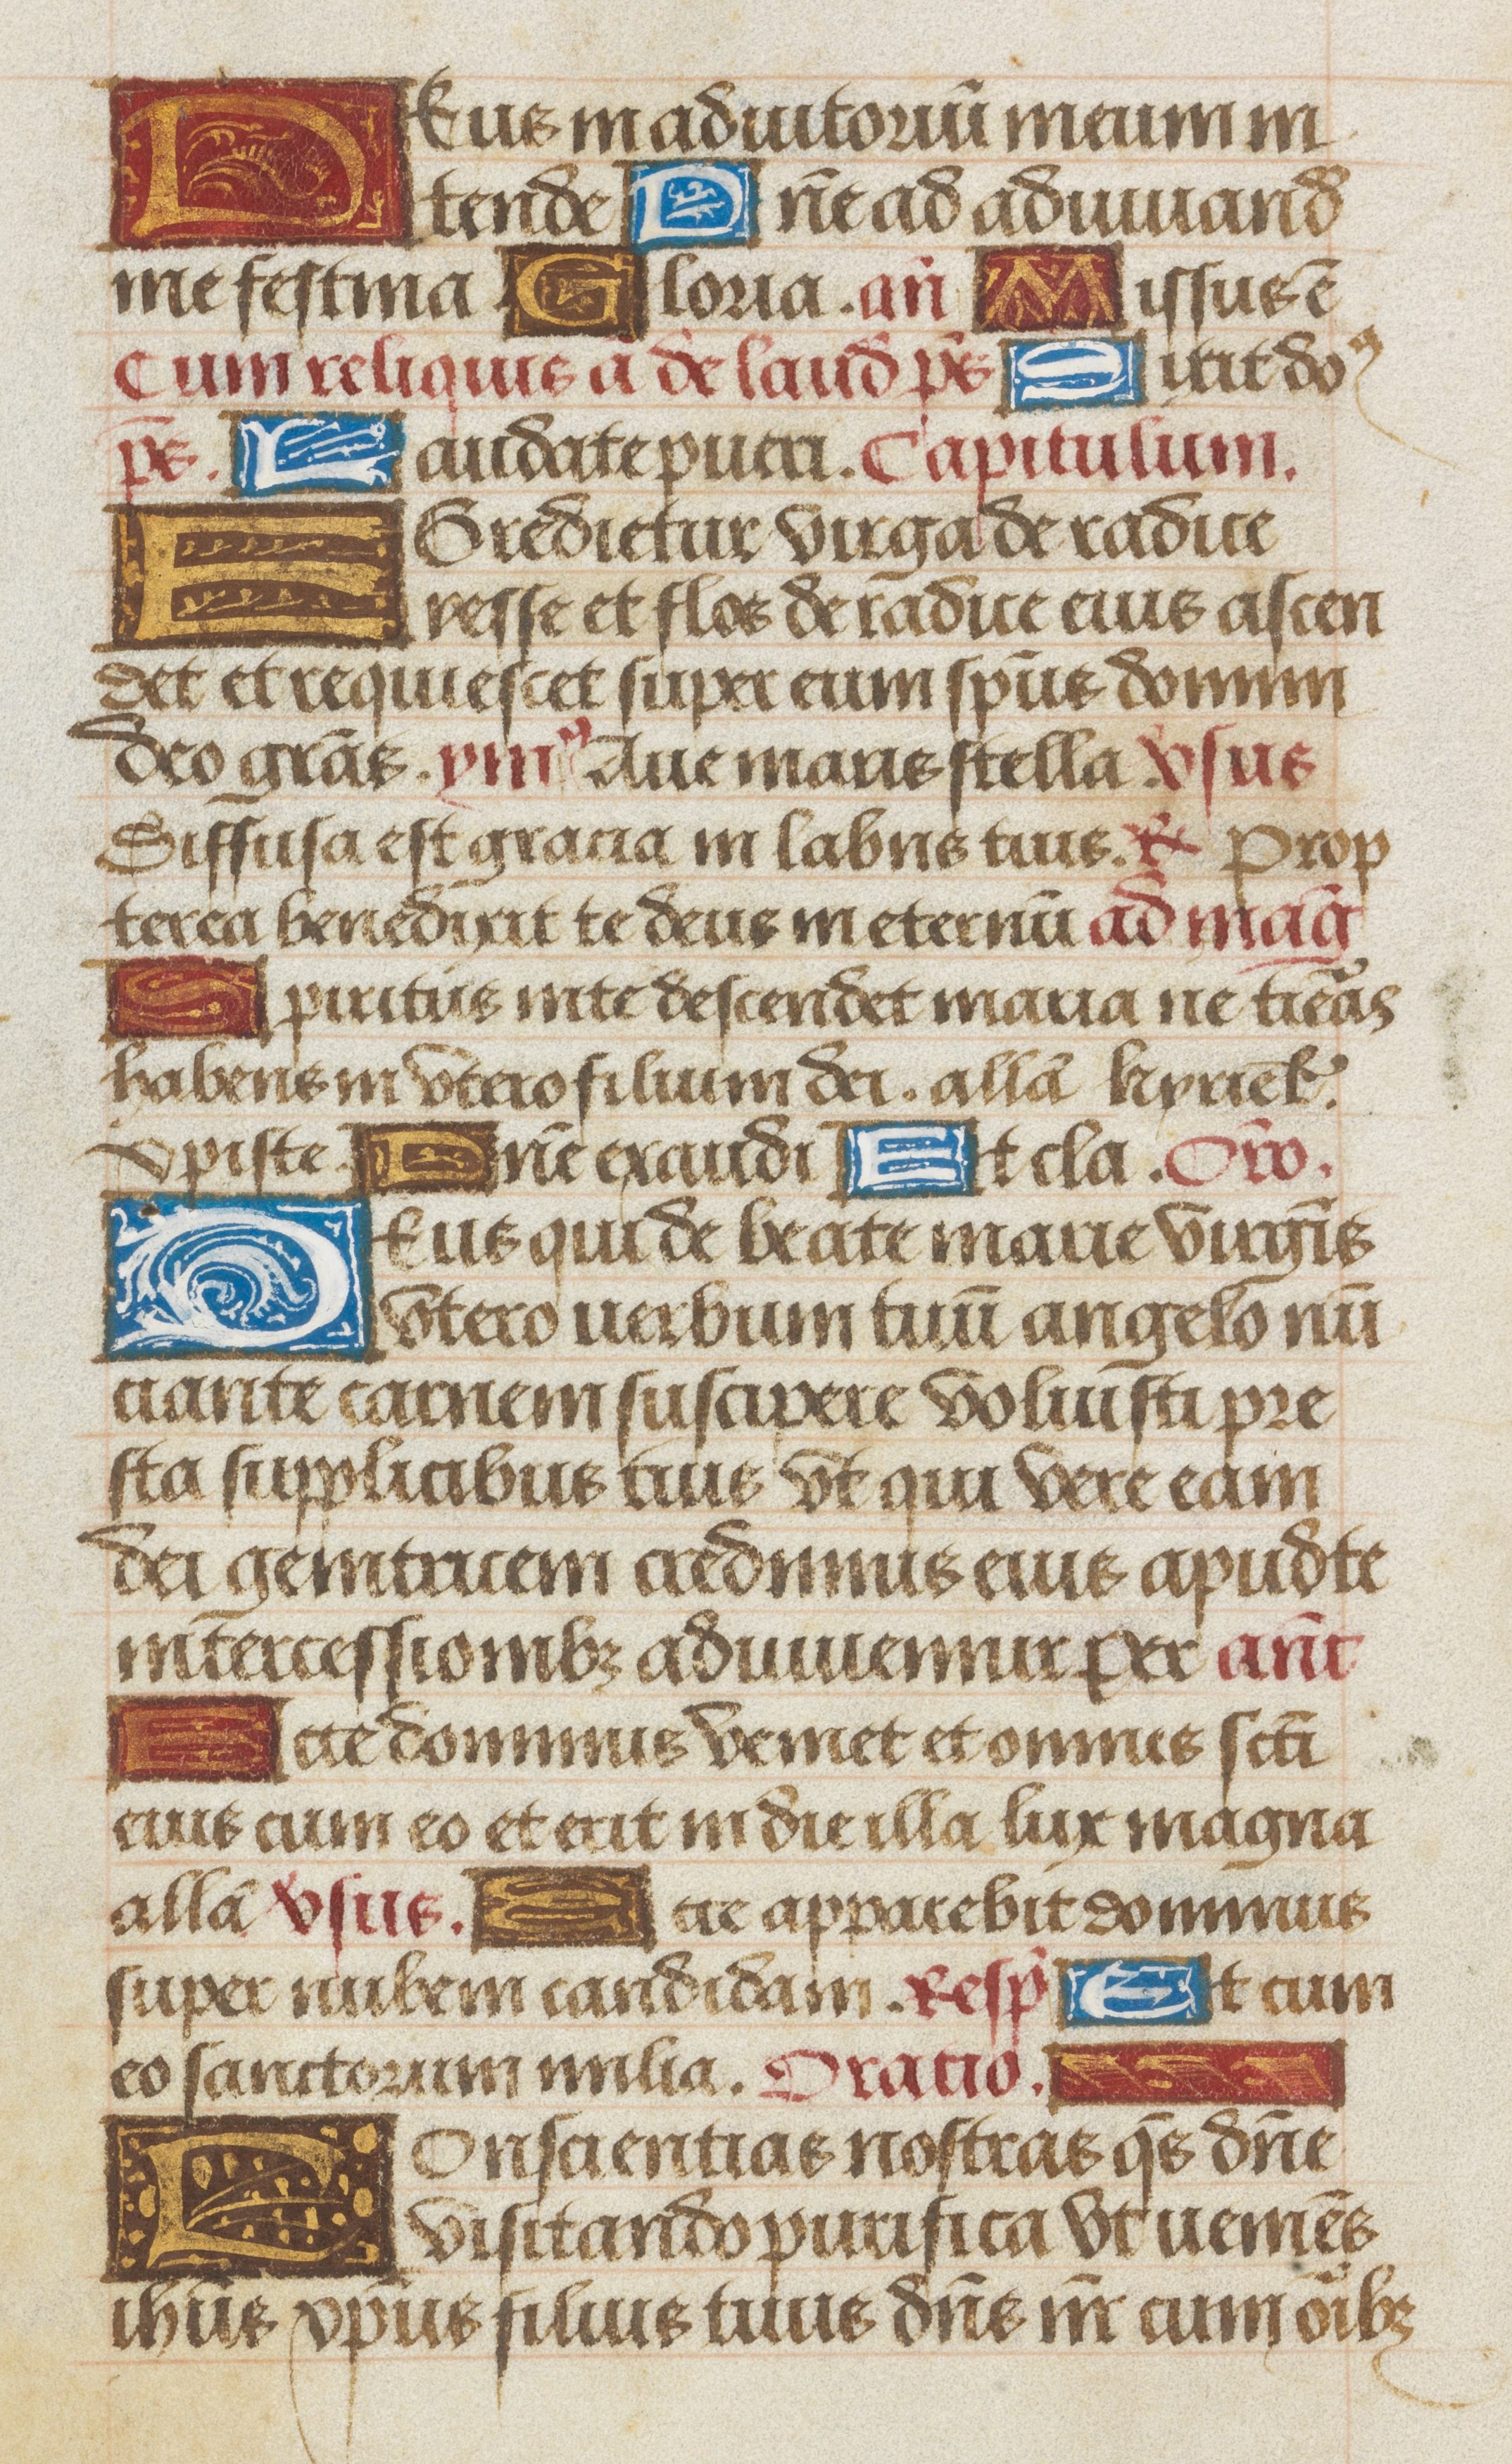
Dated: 1475–1505